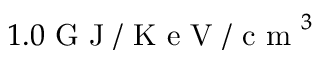
1 . 0 \mathrm { ~ G ~ J ~ / ~ K ~ e ~ V ~ / ~ c ~ m ~ } ^ { 3 }